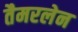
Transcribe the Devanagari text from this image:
तैमरलेन